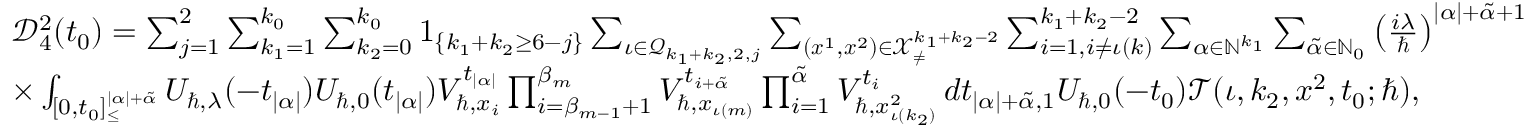
\begin{array} { r l } & { \mathcal { D } _ { 4 } ^ { 2 } ( t _ { 0 } ) = \sum _ { j = 1 } ^ { 2 } \sum _ { k _ { 1 } = 1 } ^ { k _ { 0 } } \sum _ { k _ { 2 } = 0 } ^ { k _ { 0 } } \boldsymbol { 1 } _ { \{ k _ { 1 } + k _ { 2 } \geq 6 - j \} } \sum _ { \iota \in \mathcal { Q } _ { k _ { 1 } + k _ { 2 } , 2 , j } } \sum _ { ( \boldsymbol { x } ^ { 1 } , \boldsymbol { x } ^ { 2 } ) \in \mathcal { X } _ { \neq } ^ { k _ { 1 } + k _ { 2 } - 2 } } \sum _ { i = 1 , i \neq \iota ( k ) } ^ { k _ { 1 } + k _ { 2 } - 2 } \sum _ { \alpha \in \mathbb { N } ^ { k _ { 1 } } } \sum _ { \tilde { \alpha } \in \mathbb { N } _ { 0 } } \left( \frac { i \lambda } { \hbar } \right) ^ { | \alpha | + \tilde { \alpha } + 1 } } \\ & { \times \int _ { [ 0 , t _ { 0 } ] _ { \leq } ^ { | \alpha | + \tilde { \alpha } } } U _ { \hbar , \lambda } ( - t _ { | \alpha | } ) U _ { \hbar , 0 } ( t _ { | \alpha | } ) V _ { \hbar , x _ { i } } ^ { t _ { | \alpha | } } \prod _ { i = \beta _ { m - 1 } + 1 } ^ { \beta _ { m } } V _ { \hbar , x _ { \iota ( m ) } } ^ { t _ { i + \tilde { \alpha } } } \prod _ { i = 1 } ^ { \tilde { \alpha } } V _ { \hbar , x _ { \iota ( k _ { 2 } ) } ^ { 2 } } ^ { t _ { i } } \, d \boldsymbol { t } _ { | \alpha | + \tilde { \alpha } , 1 } U _ { \hbar , 0 } ( - t _ { 0 } ) \mathcal { T } ( \iota , k _ { 2 } , \boldsymbol { x } ^ { 2 } , t _ { 0 } ; \hbar ) , } \end{array}